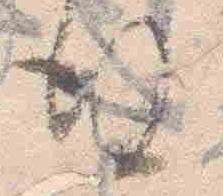
後